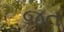
જત